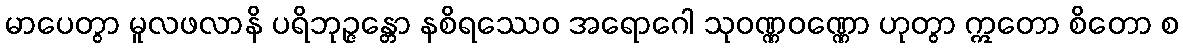
မာပေတွာ မူလဖလာနိ ပရိဘုဉ္ဇန္တော နစိရဿေဝ အရောဂေါ သုဝဏ္ဏဝဏ္ဏော ဟုတွာ ဣတော စိတော စ